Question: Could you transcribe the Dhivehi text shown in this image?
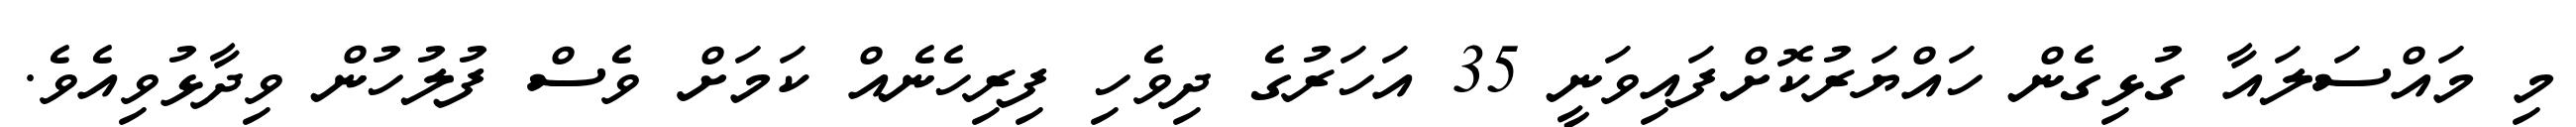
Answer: މި މައްސަލައާ ގުޅިގެން ހައްޔަރުކޮށްފައިވަނީ 35 އަހަރުގެ ދިވެހި ފިރިހެނެއް ކަމަށް ވެސް ފުލުހުން ވިދާޅުވިއެވެ.